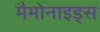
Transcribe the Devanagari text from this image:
मैमोनाइड्स